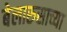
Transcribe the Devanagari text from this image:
बेलारुसाच्या